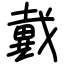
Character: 戴